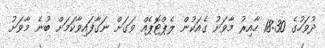
ދުވަހުގެ 18:30 ހާއިރު މާވަށު ގެއަކުން ލެޕްޓޮޕެއް ވަގަށް ނަގާފައިވާކަމަށް ބުނެ މާވަށު